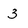
Character: 3